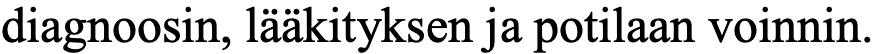
diagnoosin, lääkityksen ja potilaan voinnin.